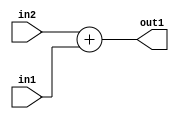
`timescale 1ps / 1ps
/*****************************************************************************
    Verilog RTL Description
    
    
    Created by: Stratus DpOpt 2019.1.01 
*******************************************************************************/

module st_feature_addr_gen_Add_16Ux9U_16U_4_1 (
	in2,
	in1,
	out1
	); /* architecture "behavioural" */ 
input [15:0] in2;
input [8:0] in1;
output [15:0] out1;
wire [15:0] asc001;

assign asc001 = 
	+(in2)
	+(in1);

assign out1 = asc001;
endmodule

/* CADENCE  ubLzTAk= : u9/ySgnWtBlWxVPRXgAZ4Og= ** DO NOT EDIT THIS LINE ******/